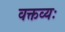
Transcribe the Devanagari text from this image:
वक्तव्यः